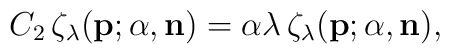
C_2\,\zeta_{\lambda}({\bf p};{\alpha},{\bf n})={\alpha}{\lambda}\,\zeta_{\lambda}({\bf p};{\alpha},{\bf n}),